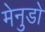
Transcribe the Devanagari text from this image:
मेनुडो